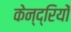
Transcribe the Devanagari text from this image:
केन्द्रियों